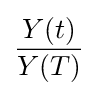
{\frac {Y(t)}{Y(T)}}